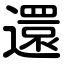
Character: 還